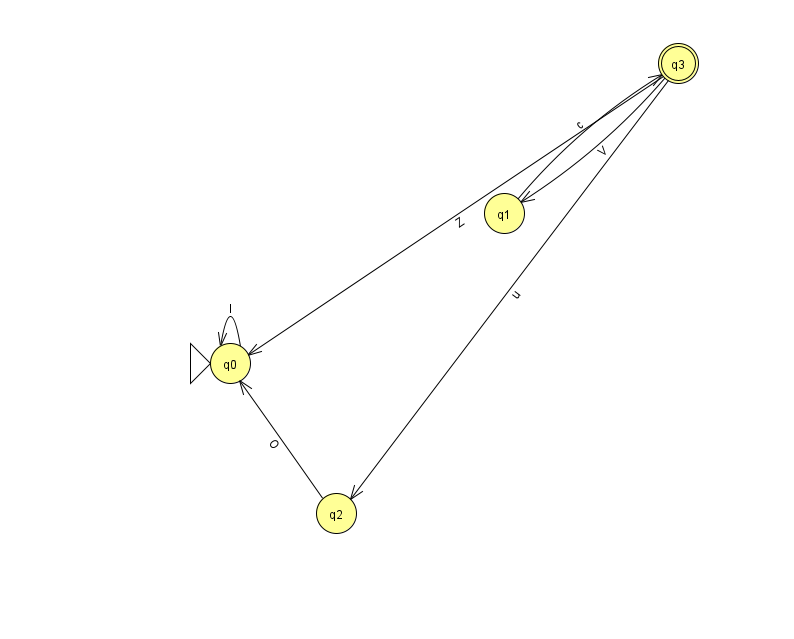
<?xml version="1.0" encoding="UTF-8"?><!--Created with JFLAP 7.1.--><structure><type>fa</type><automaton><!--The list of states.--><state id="0" name="q0"><x>230.0</x><y>350.0</y><initial/></state><state id="1" name="q1"><x>504.0</x><y>200.0</y></state><state id="2" name="q2"><x>336.0</x><y>500.0</y></state><state id="3" name="q3"><x>678.0</x><y>50.0</y><final/></state><!--The list of transitions.--><transition><from>2</from><to>0</to><read>O</read></transition><transition><from>3</from><to>0</to><read>Z</read></transition><transition><from>3</from><to>2</to><read>u</read></transition><transition><from>0</from><to>0</to><read>I</read></transition><transition><from>1</from><to>3</to><read>c</read></transition><transition><from>3</from><to>1</to><read>V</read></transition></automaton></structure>